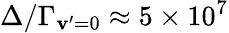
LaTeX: \Delta/\Gamma_{\mathbf{v}^{\prime}=0}\approx5\times10^{7}